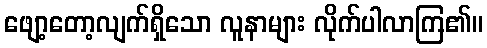
ဖျော့တော့လျက်ရှိသော လူနာများ လိုက်ပါလာကြ၏။